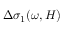
\Delta \sigma _ { 1 } ( \omega , H )